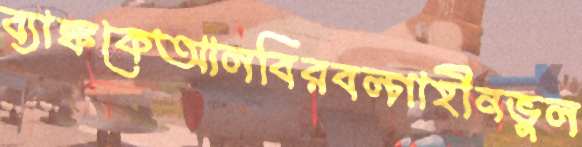
ব্যাঙ্ককেআলবিরবল্গাহীনভুল